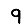
Digit: 9